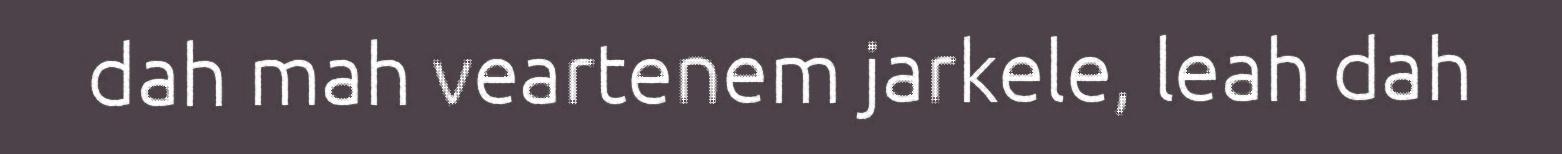
dah mah veartenem jarkele, leah dah